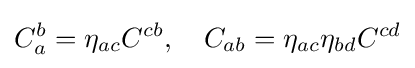
C_{a}^{b}=\eta _{ac}C^{cb},\quad C_{ab}=\eta _{ac}\eta _{bd}C^{cd}